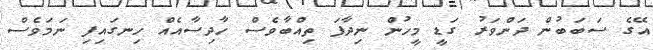
އޭގެ ސަބަބުން ދަންވަރު ގަޑީ މީހުން ނިދާފަ ތިއްބާވެސް ހާދިސާއެއް ހިނގައިފި ނަމަވެސް